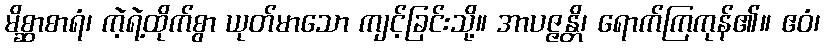
မိစ္ဆာစာရံ၊ ကဲ့ရဲ့ထိုက်စွာ ယုတ်မာသော ကျင့်ခြင်းသို့။ အာပဇ္ဇန္တိ၊ ရောက်ကြကုန်၏။ ဧဝံ၊